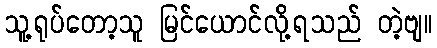
သူ့ရုပ်တော့သူ မြင်ယောင်လို့ရသည် တဲ့ဗျ။